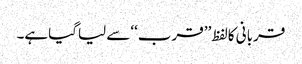
قربانی کالفظ ’’قرب‘‘سے لیاگیاہے۔